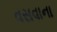
વસવાના